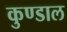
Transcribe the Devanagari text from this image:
कुण्डाल